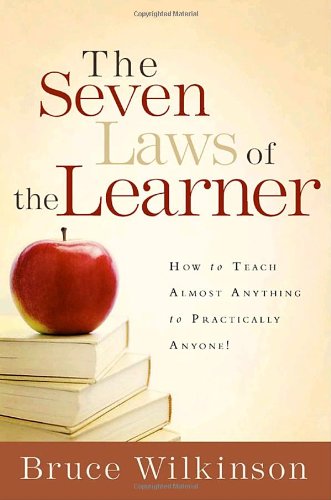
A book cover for The Seven Laws of the Learner: How to Teach Almost Anything to Practically Anyone; Bruce Wilkinson; Christian Books & Bibles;